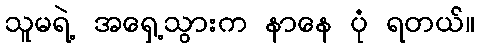
သူမရဲ့ အရှေ့သွားက နာနေ ပုံ ရတယ်။